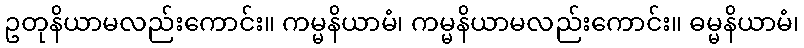
ဥတုနိယာမလည်းကောင်း။ ကမ္မနိယာမံ၊ ကမ္မနိယာမလည်းကောင်း။ ဓမ္မနိယာမံ၊